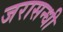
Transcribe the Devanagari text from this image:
जरासन्धी